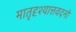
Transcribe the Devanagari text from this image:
मातृदृश्यात्तवदनो